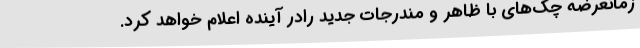
زمانعرضه چک‌های با ظاهر و مندرجات جدید رادر آینده اعلام خواهد کرد.